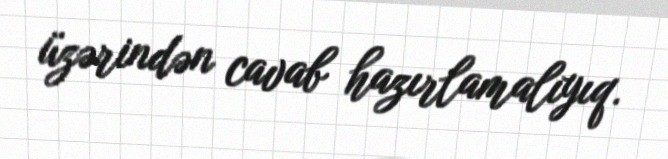
üzərindən cavab hazırlamalıyıq.